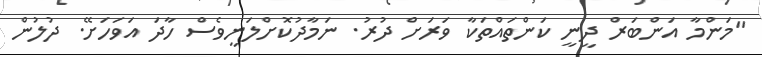
"މަންމާ އަންބަރް ދީނީ ކަންތައްތަކާ ވަރަށް ދުރު. ނަމާދުކޮށްލަނީވެސް ހާދަ އަވަހަށޭ. ދުލުން